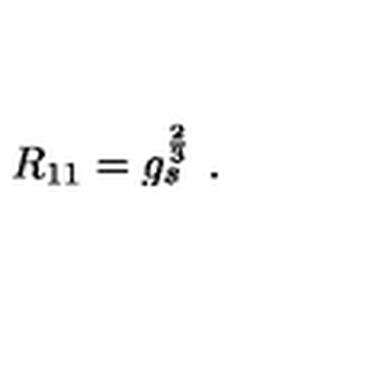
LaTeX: R _ { 1 1 } = g _ { s } ^ { \frac { 2 } { 3 } } \ .